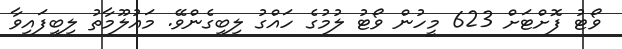
ވޯޓު ފޮށްޓަށް 623 މީހުން ވޯޓު ލުމުގެ ހައްގު ލިބިގެންވޭ. މައުލޫމާތު ލިބިފައިވާ